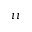
i i